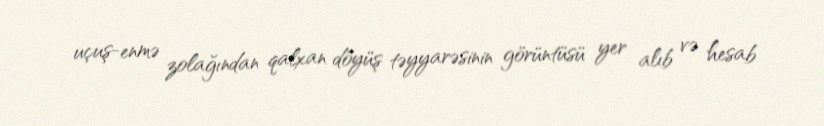
uçuş-enmə zolağından qalxan döyüş təyyarəsinin görüntüsü yer alıb və hesab